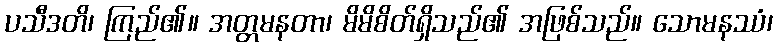
ပသီဒတိ၊ ကြည်၏။ အတ္တမနတာ၊ မိမိစိတ်ရှိသည်၏ အဖြစ်သည်။ သောမနဿံ၊